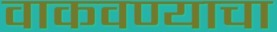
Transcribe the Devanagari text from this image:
वाकवण्याचा